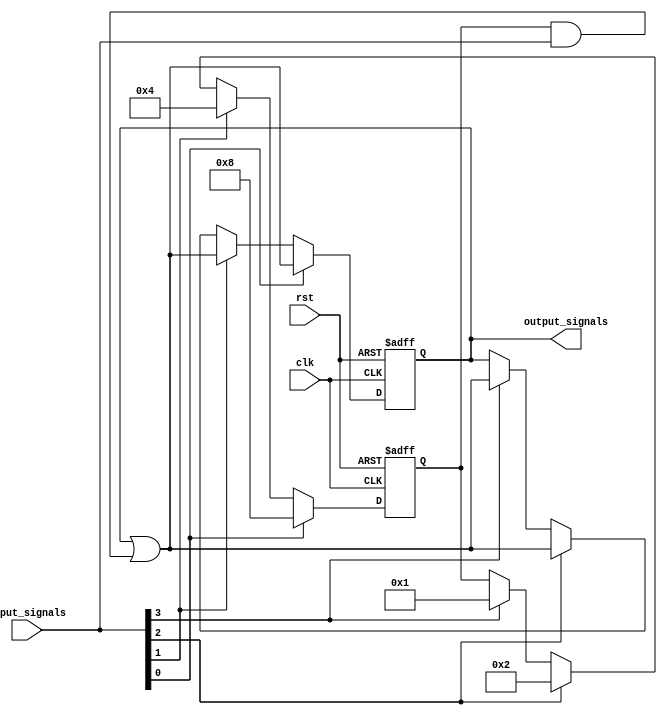
module priority_bypass_register (
    input wire clk,
    input wire rst,
    input wire [3:0] input_signals, // 4 input signals with priorities
    output reg [3:0] output_signals // 4 output signals with priorities
);

reg [3:0] priority_levels;

always @(posedge clk or posedge rst) begin
    if (rst) begin
        priority_levels <= 4'b1111; // Initialize all signals to highest priority
        output_signals <= 4'b0000; // Initialize output to low
    end else begin
        // Update priority levels based on input_signals
        if (input_signals[0]) begin
            priority_levels <= 4'b1000;
            output_signals <= output_signals | (priority_levels & input_signals); // assign highest priority input
        end
        else if (input_signals[1]) begin
            priority_levels <= 4'b0100;
            output_signals <= output_signals | (priority_levels & input_signals); // assign medium priority input
        end
        else if (input_signals[2]) begin
            priority_levels <= 4'b0010;
            output_signals <= output_signals | (priority_levels & input_signals); // assign low priority input
        end
        else if (input_signals[3]) begin
            priority_levels <= 4'b0001;
            output_signals <= output_signals | (priority_levels & input_signals); // assign lowest priority input
        end
    end
end

endmodule